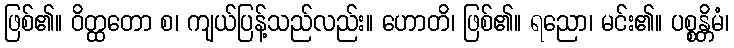
ဖြစ်၏။ ဝိတ္ထတော စ၊ ကျယ်ပြန့်သည်လည်း။ ဟောတိ၊ ဖြစ်၏။ ရညော၊ မင်း၏။ ပစ္စန္တိမံ၊